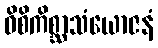
ဝိစိကိစ္ဆာသံယောဇနံ